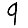
Digit: 9